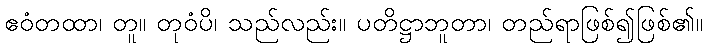
ဧဝံတထာ၊ တူ။ တုဝံပိ၊ သည်လည်း။ ပတိဋ္ဌာဘူတာ၊ တည်ရာဖြစ်၍ဖြစ်၏။